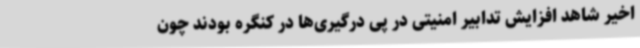
اخیر شاهد افزایش تدابیر امنیتی در پی درگیری‌ها در کنگره بودند چون